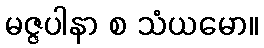
မဇ္ဇပါနာ စ သံယမော။